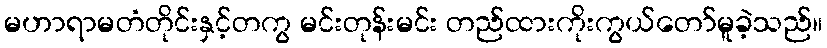
မဟာရာမတံတိုင်းနှင့်တကွ မင်းတုန်းမင်း တည်ထားကိုးကွယ်တော်မူခဲ့သည်။